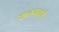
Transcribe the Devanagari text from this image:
शलयचर्म